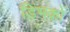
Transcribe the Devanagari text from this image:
डिंभकों